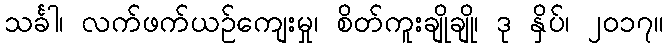
သင်္ခါ၊ လက်ဖက်ယဉ်ကျေးမှု၊ စိတ်ကူးချိုချို၊ ဒု နှိပ်၊ ၂၀၁၇။